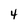
Character: 4